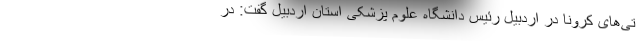
تی‌های کرونا در اردبیل رئیس دانشگاه علوم پزشکی استان اردبیل گفت: در